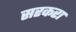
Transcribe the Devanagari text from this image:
सरकरा